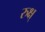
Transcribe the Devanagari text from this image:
रुक्ष्